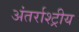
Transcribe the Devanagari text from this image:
अंतर्राश्ट्रीय